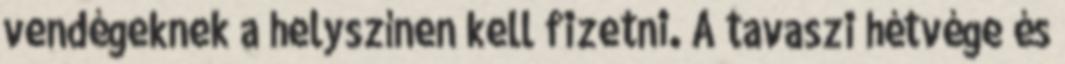
vendégeknek a helyszínen kell fizetni. A tavaszi hétvége és